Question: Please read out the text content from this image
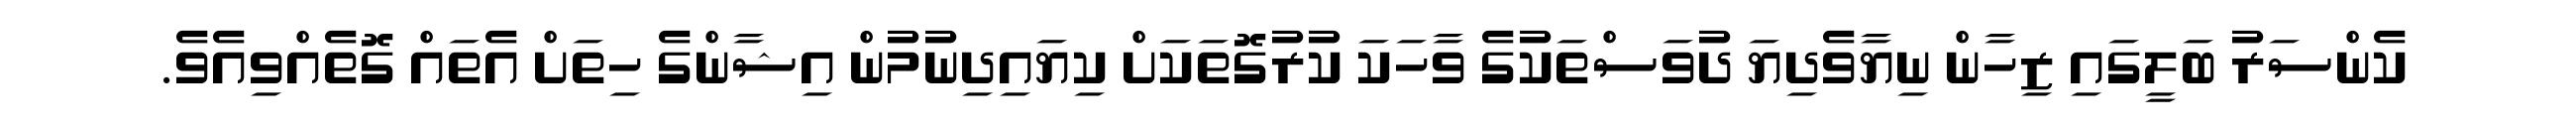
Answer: ކެންސަރު ބަލީގައި ޒިހާން ނިޔާވެދިޔަ ދުވަސްތަކުގެ ވާހަކަ ކުރުގޮތަކަށް ކިޔައިދިނުމުން އިޝާންގެ ހިތަށް އެތައް ގޮތެއްވިއެވެ.